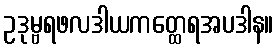
ဥဒုမ္ဗရဖလဒါယကတ္ထေရအပဒါန။